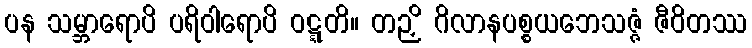
ပန သမ္ဘာရောပိ ပရိဝါရောပိ ဝဋ္ဋတိ။ တဉှိ ဂိလာနပစ္စယဘေသဇ္ဇံ ဇီဝိတဿ